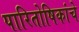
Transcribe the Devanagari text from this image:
पारितोषिकांचे